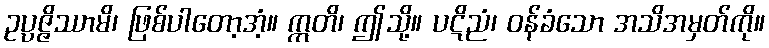
ဥပ္ပဇ္ဇိဿာမိ၊ ဖြစ်ပါတော့အံ့။ ဣတိ၊ ဤသို့။ ပဋိညံ၊ ဝန်ခံသော အသိအမှတ်ကို။